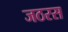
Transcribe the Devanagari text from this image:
जठरस